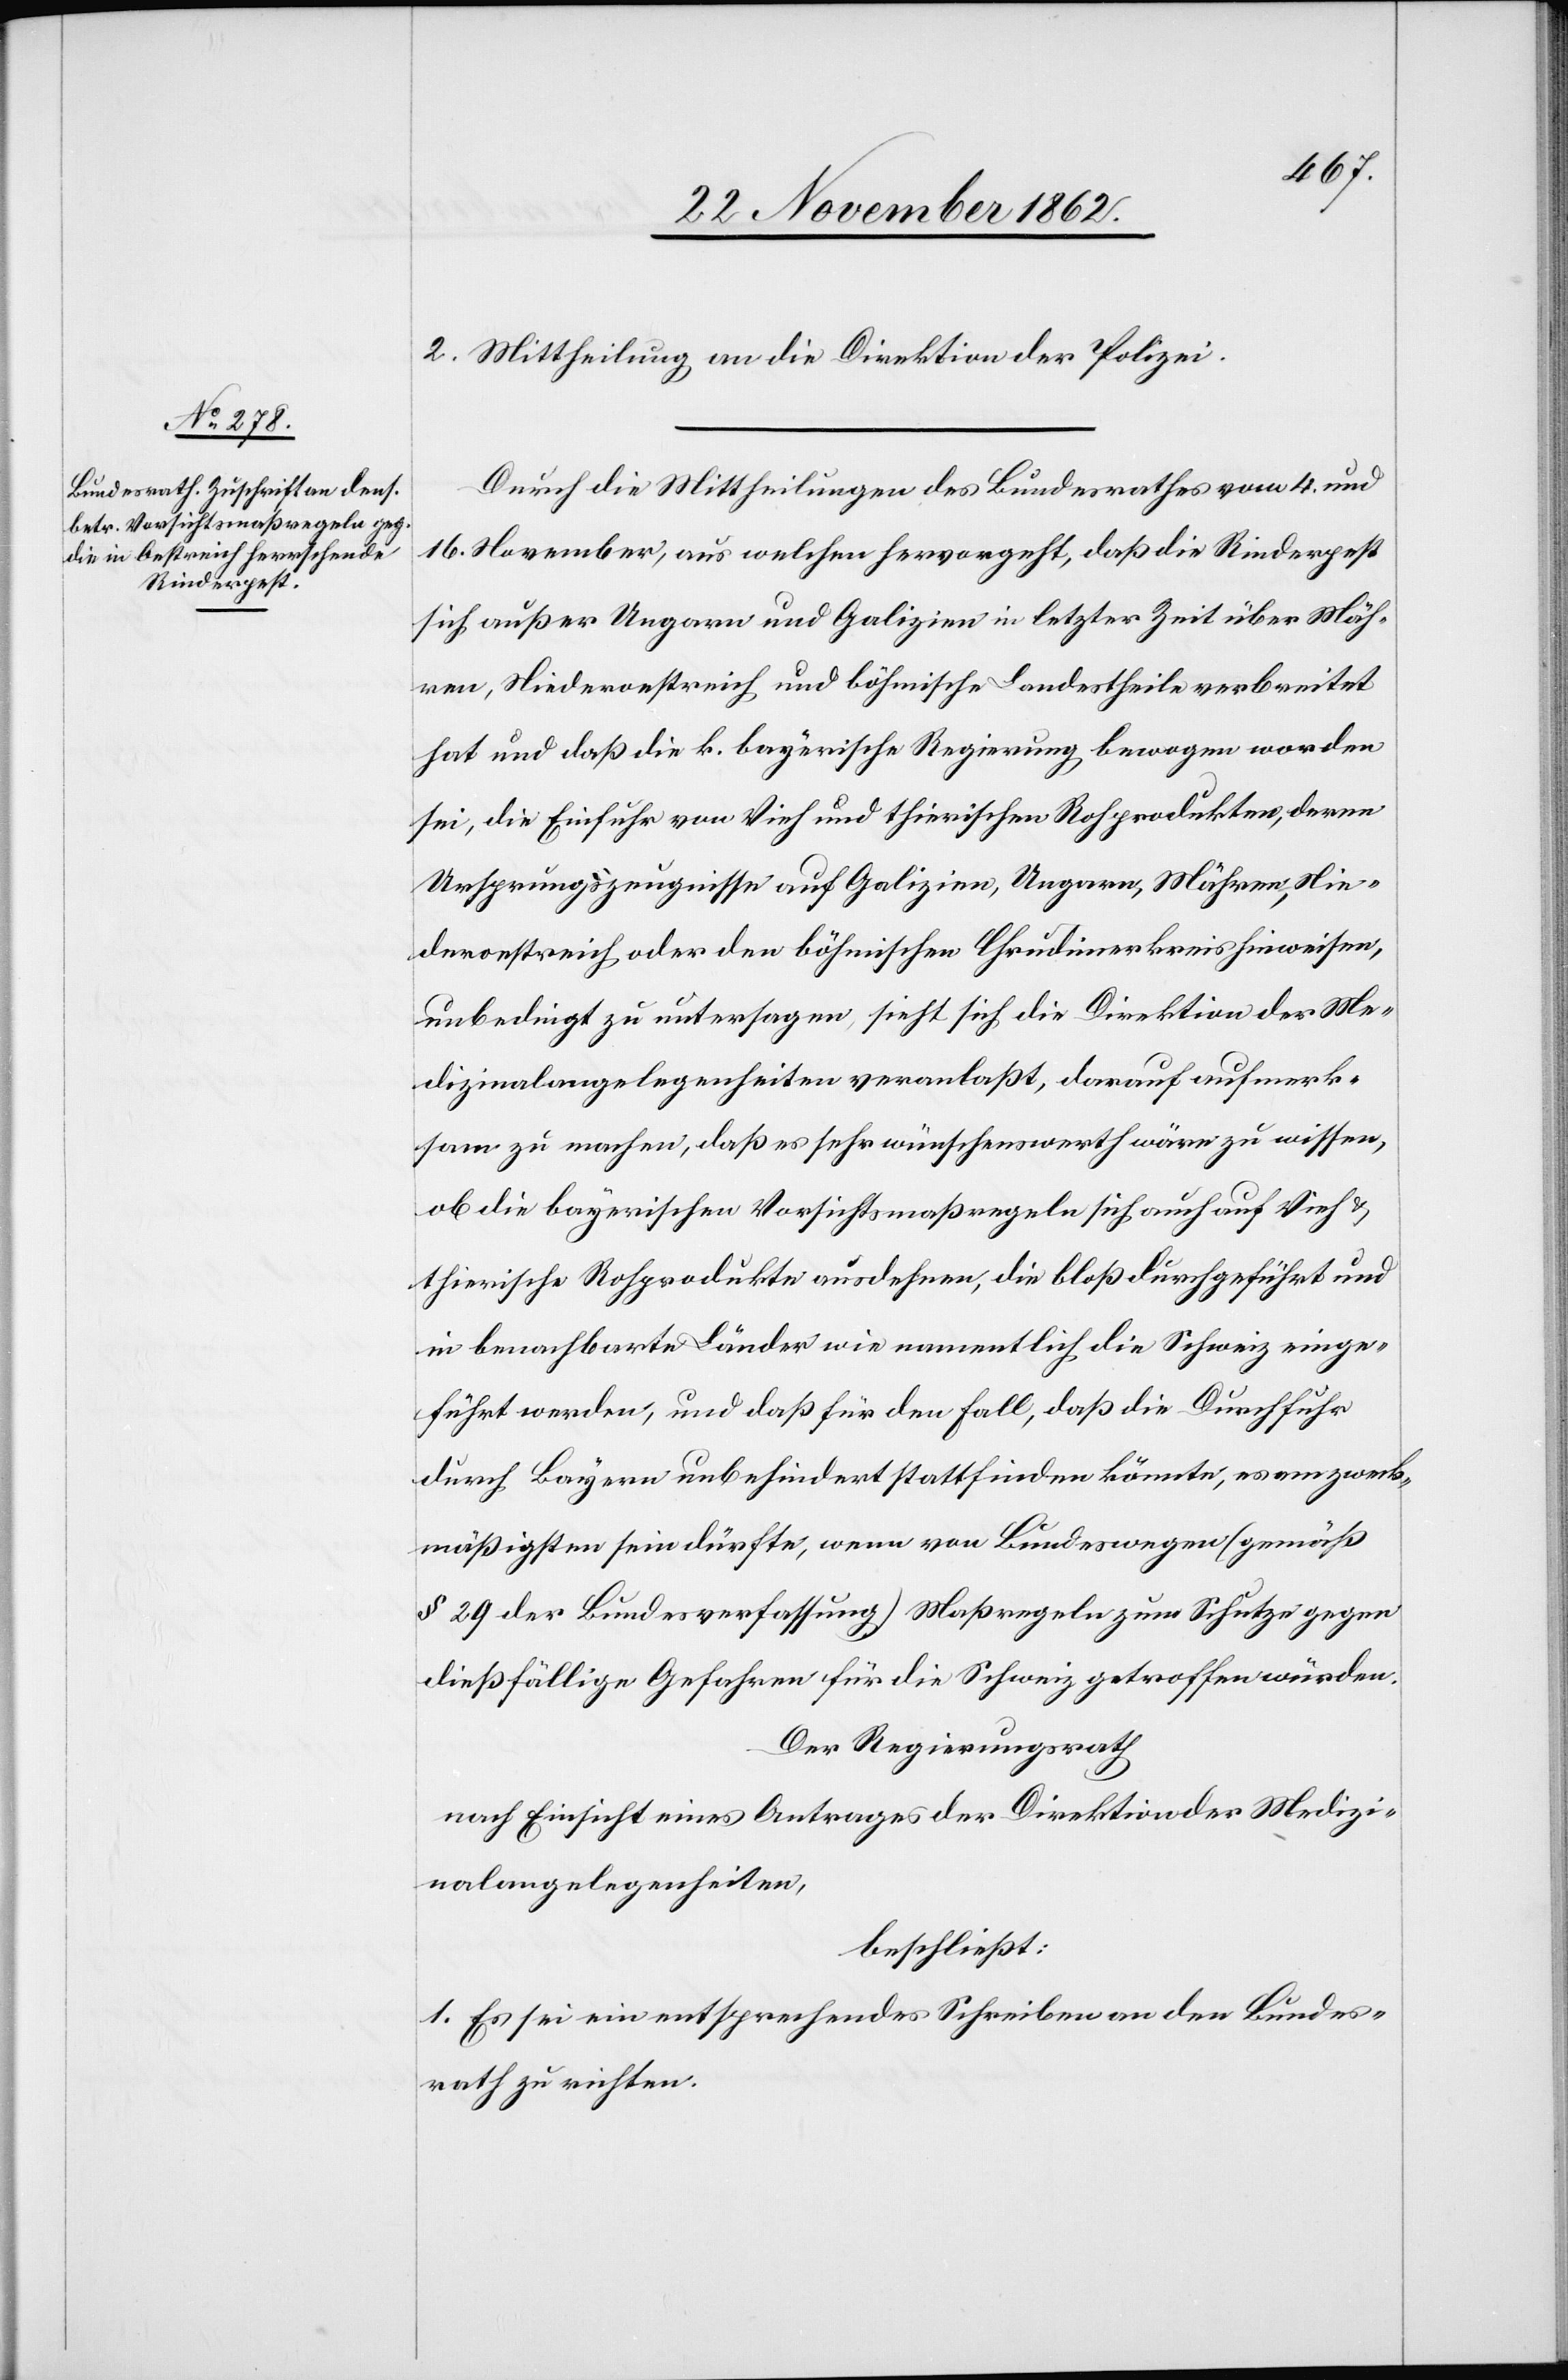
2. Mittheilung an die Direktion der Polizei.
Durch Mittheilungen des Bundesrathes vom 4. und
16. November, aus welchen hervorgeht, daß die Rinderpest
sich außer Ungarn und Galizien in letzter Zeit über Mäh¬
ren, Niederoestreich und böhmische Landestheile verbreitet
hat und daß die k. bayerische Regierung bewogen worden
sei, die Einfuhr von Vieh und thierischen Rohprodukten, deren
Ursprungszeugnisse auf Galizien, Ungarn, Mähren, Nie¬
deroestreich oder den böhmischen Chrudinerkreis hinweisen,
unbedingt zu untersagen, sieht sich die Direktion der Me¬
dizinalangelegenheiten veranlaßt, darauf aufmerk¬
sam zu machen, daß es sehr wünschenswerth wäre zu wissen,
ob die bayerischen Vorsichtsmaßregeln sich auch auf Vieh u.
thierische Rohprodukte ausdehnen, die bloß durchgeführt und
in benachbarte Länder wie namentlich die Schweiz einge¬
führt werden, und daß für den Fall, daß die Durchfuhr
durch Bayern unbehindert stattfinden könnte, es am zweck¬
mäßigsten sein dürfte, wenn von Bundeswegen (gemäß
§ 29 der Bundesverfassung) Maßregeln zum Schutze gegen
dießfällige Gefahren für die Schweiz getroffen würden.
Der Regierungsrath
nach Einsicht eines Antrages der Direktion der Medizi¬
nalangelegenheiten,
beschließt:
1. Es sei ein entsprechendes Schreiben an den Bundes¬
rath zu richten.